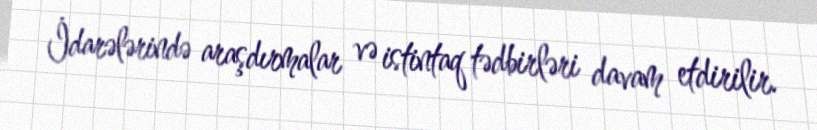
İdarələrində araşdırmalar və istintaq tədbirləri davam etdirilir.